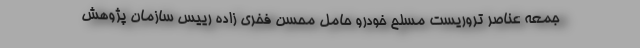
جمعه عناصر تروریست مسلح خودرو حامل محسن فخری زاده رییس سازمان پژوهش